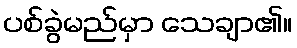
ပစ်ခွဲမည်မှာ သေချာ၏။